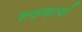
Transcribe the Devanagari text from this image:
शककर्त्या